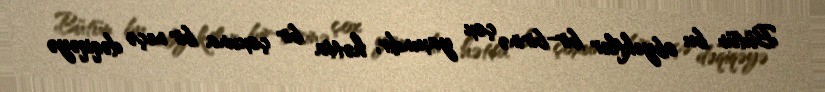
Bütün bu obyektlər bir-birinə çox yaxındır, hətta bir çoxuna bir neçə dəqiqəyə